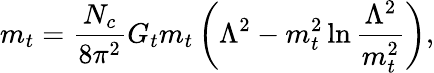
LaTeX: m_{t}=\frac{N_{c}}{8\pi^{2}}G_{t}m_{t}\left(\Lambda^{2}-m_{t}^{2}\ln\frac{\Lambda^{2}}{m_{t}^{2}}\right),